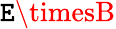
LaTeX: \mathtt{E}\timesB